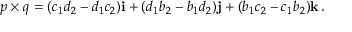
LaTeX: p \times q = ( c _ { 1 } d _ { 2 } - d _ { 1 } c _ { 2 } ) \mathbf { i } + ( d _ { 1 } b _ { 2 } - b _ { 1 } d _ { 2 } ) \mathbf { j } + ( b _ { 1 } c _ { 2 } - c _ { 1 } b _ { 2 } ) \mathbf { k } \, .